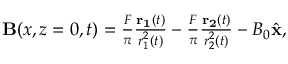
\begin{array} { r } { { \bf B } ( x , z = 0 , t ) = \frac { F } { \pi } \frac { { \bf r _ { 1 } } ( t ) } { r _ { 1 } ^ { 2 } ( t ) } - \frac { F } { \pi } \frac { { \bf r _ { 2 } } ( t ) } { r _ { 2 } ^ { 2 } ( t ) } - B _ { 0 } \hat { \bf x } , } \end{array}